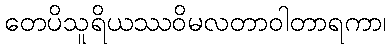
တေပိသူရိယဿဝိမလတာဝါတာရကာ၊